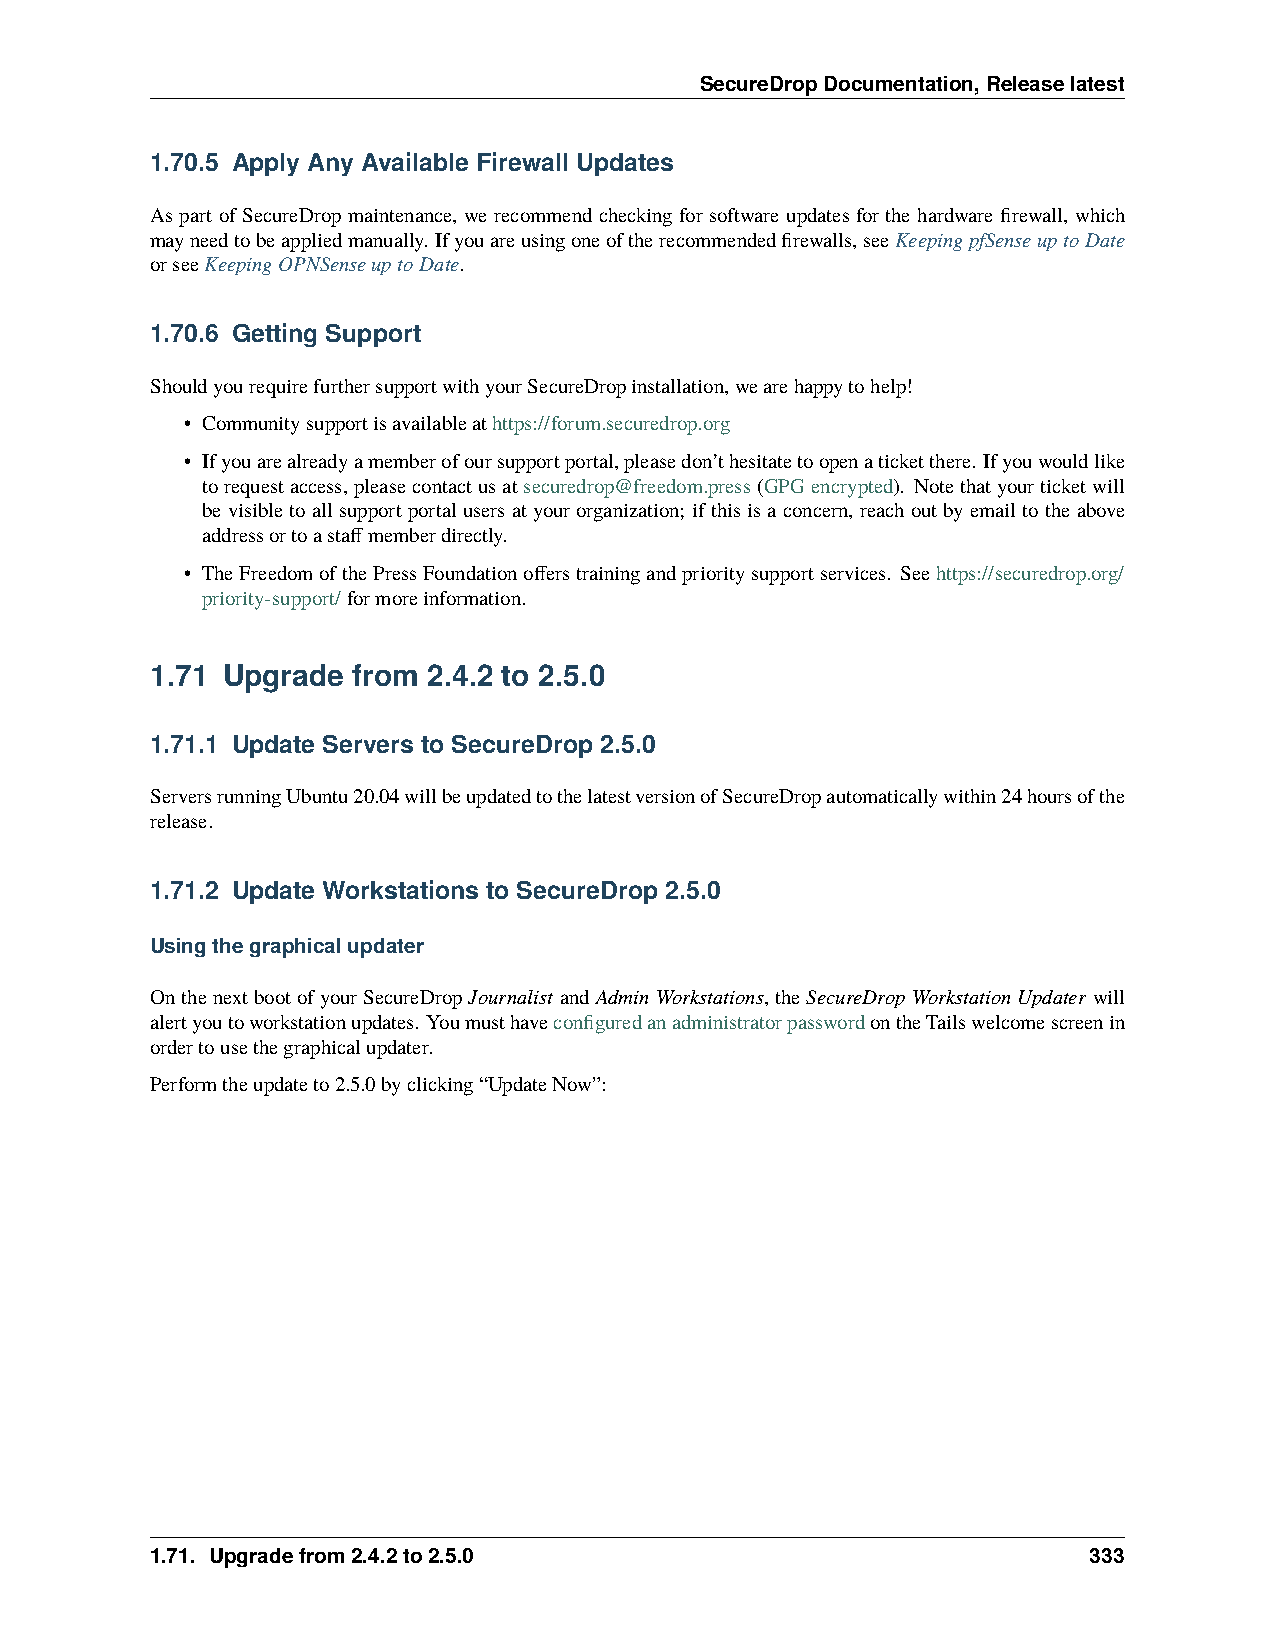
SecureDropDocumentation,Releaselatest
 1.70.5 Apply Any Available Firewall Updates
 As part of SecureDrop maintenance, we recommend checking for software updates for the hardware firewall, which
 mayneedtobeappliedmanually. Ifyouareusingoneoftherecommendedfirewalls,seeKeepingpfSenseuptoDate
 orseeKeepingOPNSenseuptoDate.
 1.70.6 Getting Support
 ShouldyourequirefurthersupportwithyourSecureDropinstallation,wearehappytohelp!
 • Communitysupportisavailableathttps://forum.securedrop.org
 • Ifyouarealreadyamemberofoursupportportal,pleasedon’thesitatetoopenaticketthere. Ifyouwouldlike
 torequestaccess,pleasecontactusatsecuredrop@freedom.press(GPGencrypted). Notethatyourticketwill
 bevisibletoallsupportportalusersatyourorganization; ifthisisaconcern, reachoutbyemailtotheabove
 addressortoastaffmemberdirectly.
 • TheFreedomofthePressFoundationofferstrainingandprioritysupportservices. Seehttps://securedrop.org/
 priority-support/formoreinformation.
 1.71 Upgrade from 2.4.2 to 2.5.0
 1.71.1 Update Servers to SecureDrop 2.5.0
 ServersrunningUbuntu20.04willbeupdatedtothelatestversionofSecureDropautomaticallywithin24hoursofthe
 release.
 1.71.2 Update Workstations to SecureDrop 2.5.0
 Usingthegraphicalupdater
 OnthenextbootofyourSecureDropJournalist andAdminWorkstations,theSecureDropWorkstationUpdater will
 alertyoutoworkstationupdates. YoumusthaveconfiguredanadministratorpasswordontheTailswelcomescreenin
 ordertousethegraphicalupdater.
 Performtheupdateto2.5.0byclicking“UpdateNow”:
 1.71. Upgradefrom2.4.2to2.5.0                                 333